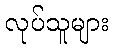
လုပ်သူများ